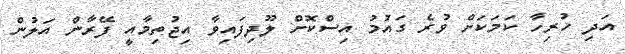
އަދި ހުރިހާ ކަމަކަށް ވުރެ ގައުމު އިސްކޮށް ލޫދިފައިވާ އިޖުތިމާއީ ފޭރާން އަލުން